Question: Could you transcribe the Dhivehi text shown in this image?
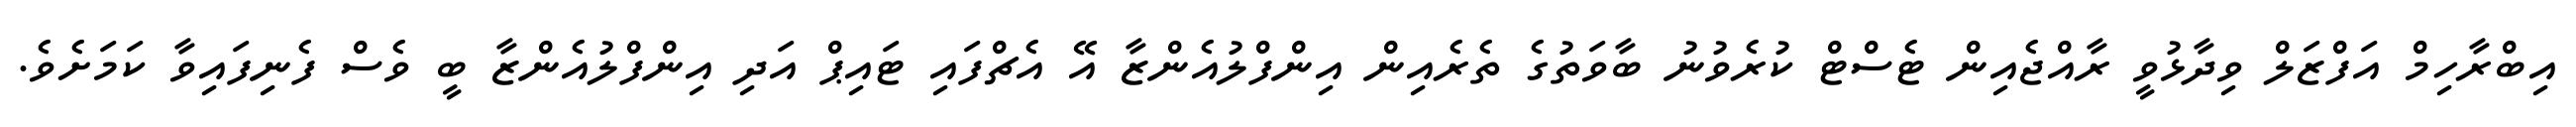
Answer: އިބްރާހިމް އަފްޒަލް ވިދާޅުވީ ރާއްޖެއިން ޓެސްޓް ކުރެވުނު ބާވަތުގެ ތެރެއިން އިންފްލުއެންޒާ އޭ އެޗްފައި ޓައިޕް އަދި އިންފްލުއެންޒާ ބީ ވެސް ފެނިފައިވާ ކަމަށެވެ.